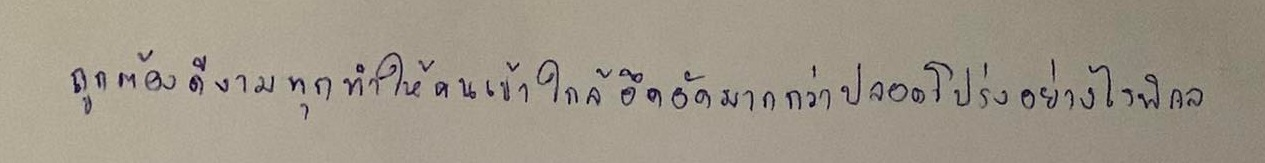
ถูกต้องดีงามทุกทำให้คนเข้าใกล้อึดอัดมากกว่าปลอดโปร่งอย่างไรพิกล